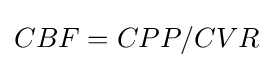
CBF=CPP/CVR